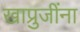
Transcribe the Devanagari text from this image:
खाप्रुजींना